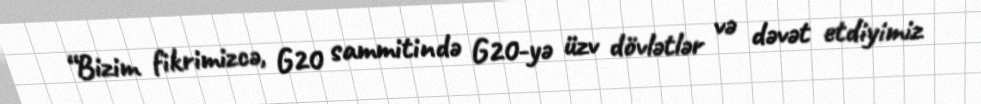
“Bizim fikrimizcə, G20 sammitində G20-yə üzv dövlətlər və dəvət etdiyimiz